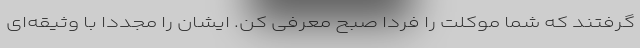
گرفتند که شما موکلت را فردا صبح معرفی کن. ایشان را مجدداً با وثیقه‌ای